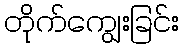
တိုက်ကျွေးခြင်း